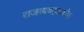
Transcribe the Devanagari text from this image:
राजव्यवहारकोश